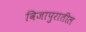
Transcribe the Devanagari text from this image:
विजापुरातील